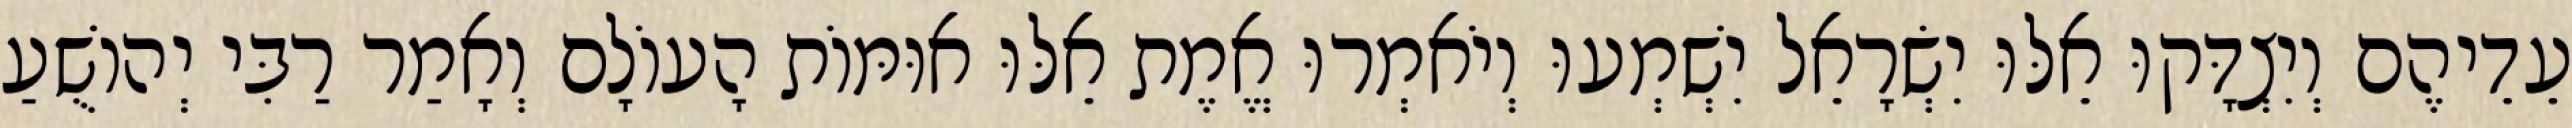
עֵדֵיהֶם וְיִצְדָּקוּ אֵלּוּ יִשְׂרָאֵל יִשְׁמְעוּ וְיֹאמְרוּ אֱמֶת אֵלּוּ אוּמּוֹת הָעוֹלָם וְאָמַר רַבִּי יְהוֹשֻׁעַ